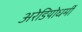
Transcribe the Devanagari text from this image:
अरेडियोधर्मी